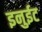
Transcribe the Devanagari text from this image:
इनुईट